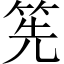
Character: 筅